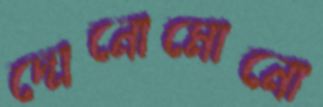
দোনোমোনো